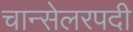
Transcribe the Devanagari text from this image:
चान्सेलरपदी